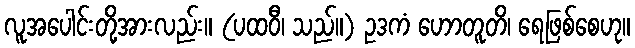
လူအပေါင်းတို့အားလည်း။ (ပထဝီ၊ သည်။) ဥဒကံ ဟောတူတိ၊ ရေဖြစ်စေဟု။